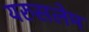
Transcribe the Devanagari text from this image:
यरुसलेम